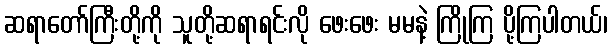
ဆရာတော်ကြီးတို့ကို သူတို့ဆရာရင်းလို ဖေးဖေး မမနဲ့ ကြိုကြ ပို့ကြပါတယ်၊